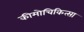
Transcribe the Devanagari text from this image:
कीमोचिकित्सा